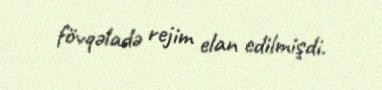
fövqəladə rejim elan edilmişdi.